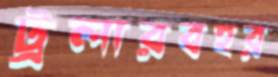
ট্রলারবহর